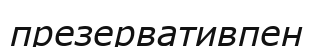
презервативпен